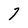
Character: 7